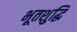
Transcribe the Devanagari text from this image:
भूतशुद्धि